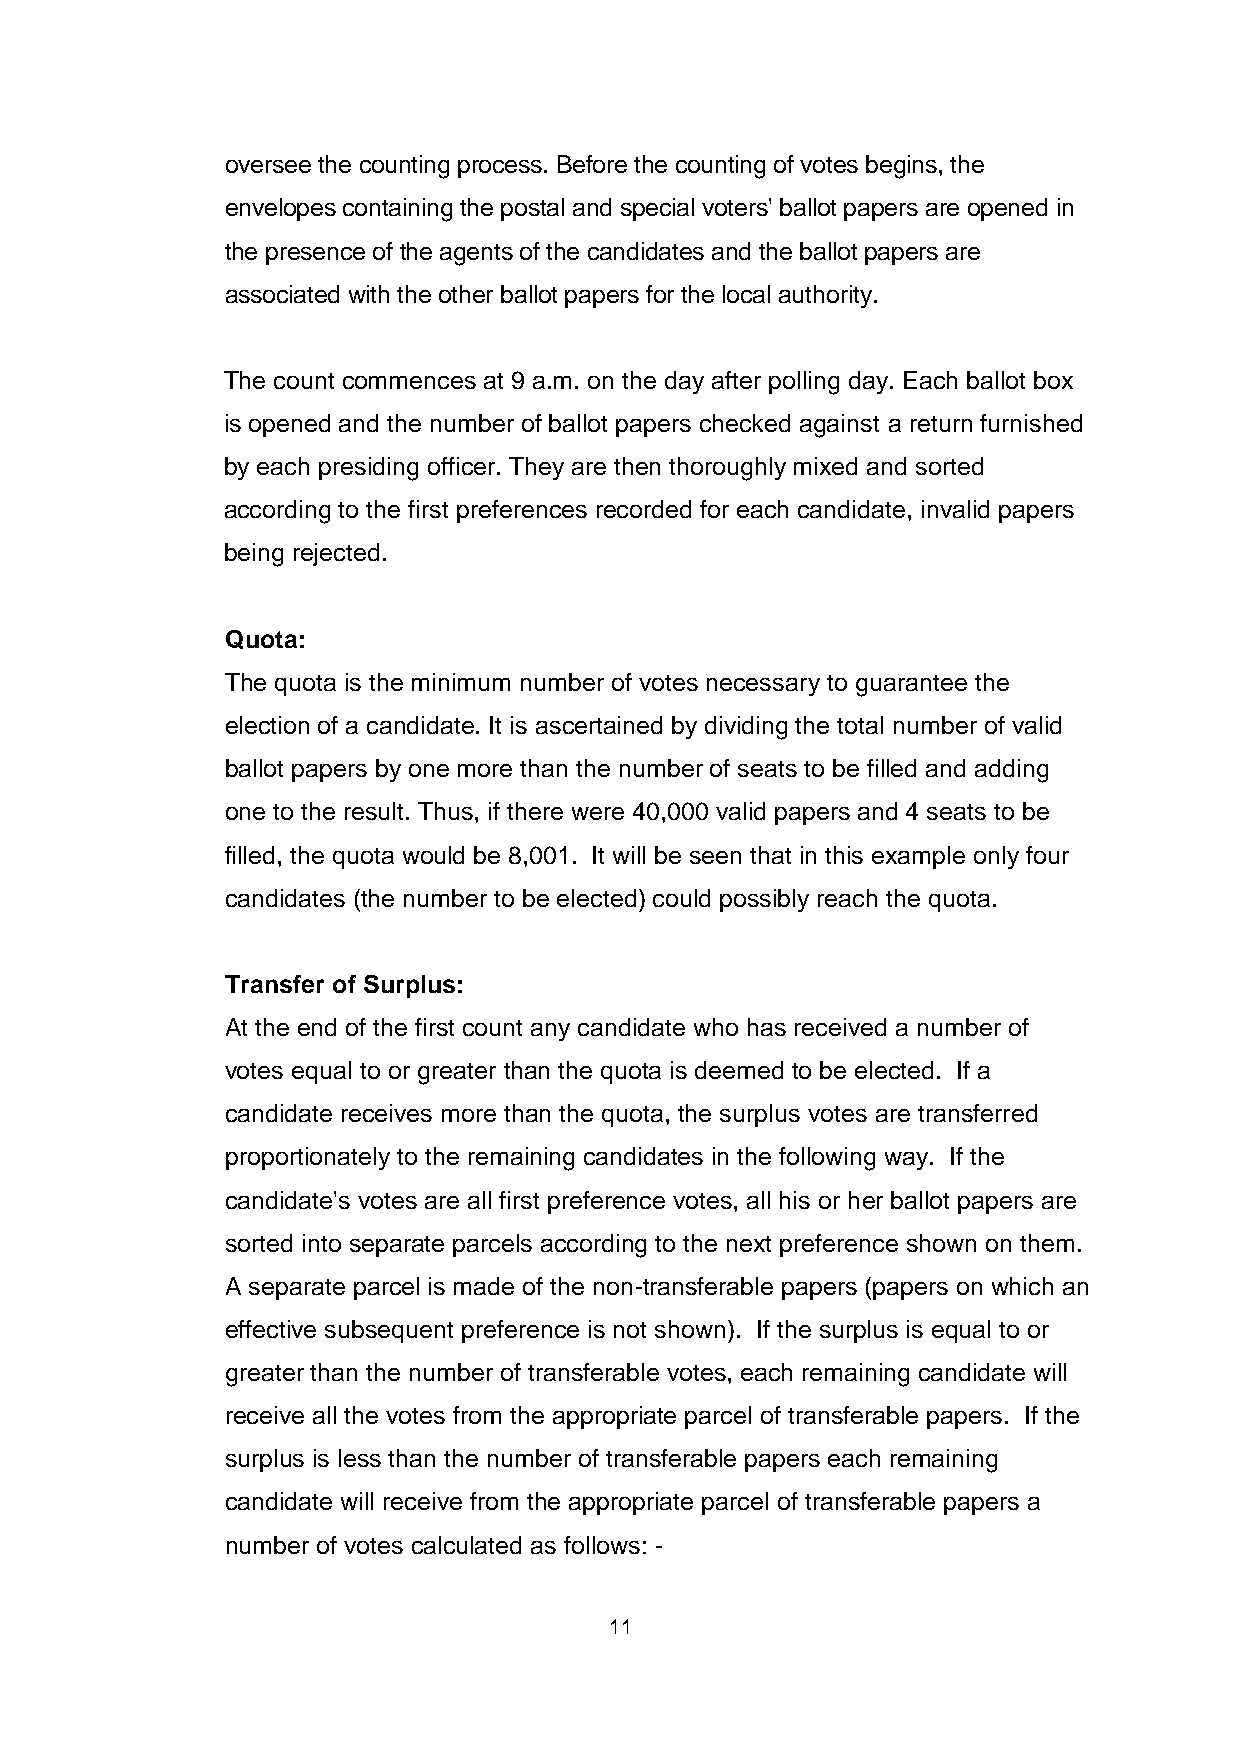
oversee the counting process. Before the counting of votes begins, the
 envelopes containing the postal and special voters' ballot papers are opened in
 the presence of the agents of the candidates and the ballot papers are
 associated with the other ballot papers for the local authority.
 The count commences at 9 a.m. on the day after polling day. Each ballot box
 is opened and the number of ballot papers checked against a return furnished
 by each presiding officer. They are then thoroughly mixed and sorted
 according to the first preferences recorded for each candidate, invalid papers
 being rejected.
 Quota:
 The quota is the minimum number of votes necessary to guarantee the
 election of a candidate. It is ascertained by dividing the total number of valid
 ballot papers by one more than the number of seats to be filled and adding
 one to the result. Thus, if there were 40,000 valid papers and 4 seats to be
 filled, the quota would be 8,001. It will be seen that in this example only four
 candidates (the number to be elected) could possibly reach the quota.
 Transfer of Surplus:
 At the end of the first count any candidate who has received a number of
 votes equal to or greater than the quota is deemed to be elected. If a
 candidate receives more than the quota, the surplus votes are transferred
 proportionately to the remaining candidates in the following way. If the
 candidate's votes are all first preference votes, all his or her ballot papers are
 sorted into separate parcels according to the next preference shown on them.
 A separate parcel is made of the non-transferable papers (papers on which an
 effective subsequent preference is not shown). If the surplus is equal to or
 greater than the number of transferable votes, each remaining candidate will
 receive all the votes from the appropriate parcel of transferable papers. If the
 surplus is less than the number of transferable papers each remaining
 candidate will receive from the appropriate parcel of transferable papers a
 number of votes calculated as follows: -
 11